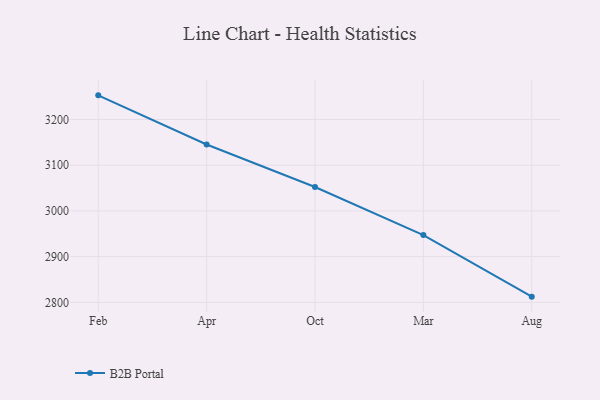
{"axis": {"x": "Month", "y": "Active Users"}, "legend": ["B2B Portal"], "data": [{"x": "Feb", "y": 3252.8, "type": "B2B Portal"}, {"x": "Apr", "y": 3145.3, "type": "B2B Portal"}, {"x": "Oct", "y": 3052.3, "type": "B2B Portal"}, {"x": "Mar", "y": 2947.2, "type": "B2B Portal"}, {"x": "Aug", "y": 2812.4, "type": "B2B Portal"}]}